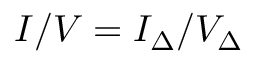
I / V = I _ { \Delta } / V _ { \Delta }